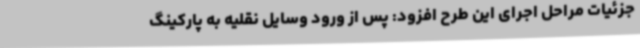
جزئیات مراحل اجرای این طرح افزود: پس از ورود وسایل نقلیه به پارکینگ